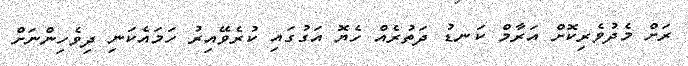
ރަށް މެދުވެރިކޮށް އަރާމް ކަނޑު ދަތުރެއް ހެޔޮ އަގުގައި ކުރެވޭއިރު ހަމައެކަނި ދިވެހިންނަށް